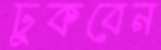
ঢুকবেন